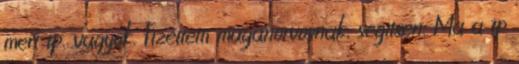
mert tp. vagyok. Fizettem maganorvosnak, segitsen. Ma a tp